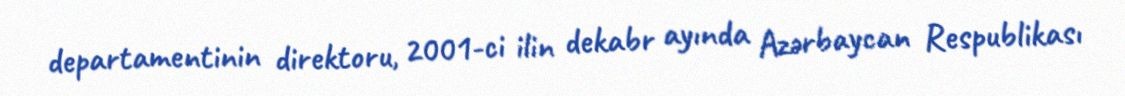
departamentinin direktoru, 2001-ci ilin dekabr ayında Azərbaycan Respublikası